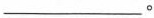
___。